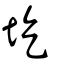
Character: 圪